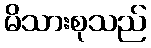
မိသားစုသည်